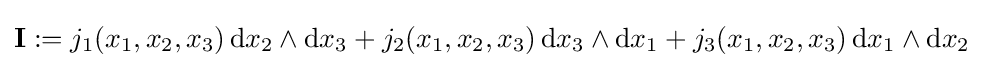
\mathbf {I} :=j_{1}(x_{1},x_{2},x_{3})\,{\rm {d}}x_{2}\wedge {\rm {d}}x_{3}+j_{2}(x_{1},x_{2},x_{3})\,{\rm {d}}x_{3}\wedge {\rm {d}}x_{1}+j_{3}(x_{1},x_{2},x_{3})\,{\rm {d}}x_{1}\wedge {\rm {d}}x_{2}